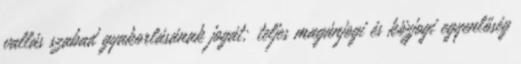
vallás szabad gyakorlásának jogát; teljes magánjogi és közjogi egyenlőség